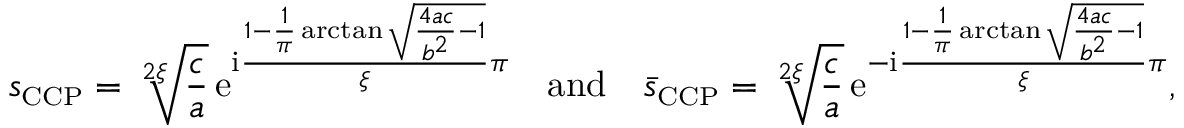
s _ { \scriptscriptstyle { \mathrm { C C P } } } = \sqrt [ 2 \xi ] { \frac { c } { a } } \, \mathrm { e } ^ { \mathrm { i } \frac { 1 - \frac { 1 } { \pi } \arctan \sqrt { \frac { 4 a c } { b ^ { 2 } } - 1 } } { \xi } \pi } \quad \mathrm { a n d } \quad \bar { s } _ { \scriptscriptstyle { \mathrm { C C P } } } = \sqrt [ 2 \xi ] { \frac { c } { a } } \, \mathrm { e } ^ { - \mathrm { i } \frac { 1 - \frac { 1 } { \pi } \arctan \sqrt { \frac { 4 a c } { b ^ { 2 } } - 1 } } { \xi } \pi } ,